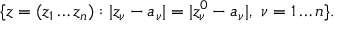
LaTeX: \{ z = ( z _ { 1 } \dots z _ { n } ) : | z _ { \nu } - a _ { \nu } | = | z _ { \nu } ^ { 0 } - a _ { \nu } | , \ \nu = 1 \dots n \} .